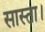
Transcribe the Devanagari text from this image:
सास्ता।